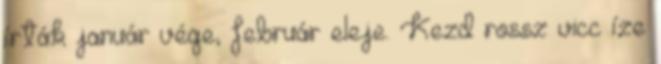
írták január vége, február eleje. Kezd rossz vicc íze